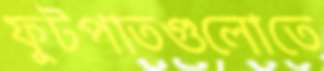
ফুটপাতগুলোতে